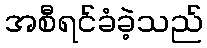
အစီရင်ခံခဲ့သည်